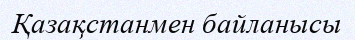
Қазақстанмен байланысы